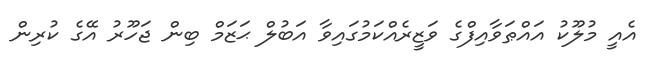
އެއީ މުލޫކު އައްޠަވާއިފްގެ ވަޒީރެއްކަމުގައިވާ އަބުލް ޙަޒަމް ބިން ޖަހޫރު އޭގެ ކުރިން